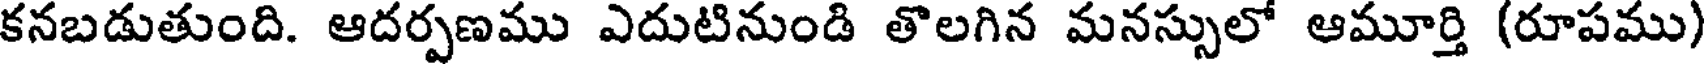
కనబడుతుంది. ఆదర్పణము ఎదుటినుండి తొలగిన మనస్సులో ఆమూర్తి (రూపము)